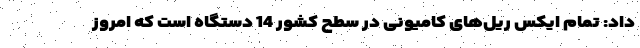
داد: تمام ایکس ریل‌های کامیونی در سطح کشور 14 دستگاه است که امروز